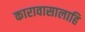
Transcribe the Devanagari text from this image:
कारावासालाहि